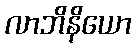
လာဘိနိယော